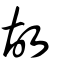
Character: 故